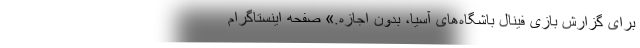
برای گزارش بازی فینال باشگاه‌های آسیا، بدون اجازه.» صفحه اینستاگرام